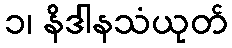
၁၊ နိဒါနသံယုတ်